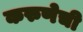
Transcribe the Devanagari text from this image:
करुणेची